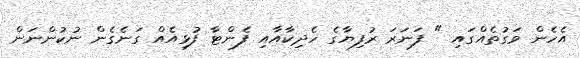
އެހެން ވަގުތެއްގައި " ފަނަރަ ރުފިޔާގެ ހެދިކާއާއި ފެންޓާ ފުޅިއެއް ގަނެގެން ނުކުންނަން